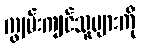
ကျွမ်းကျင်သူများကို